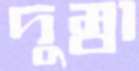
দুম্বা